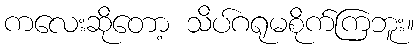
ကလေးဆိုတော့ သိပ်ဂရုမစိုက်ကြဘူး။